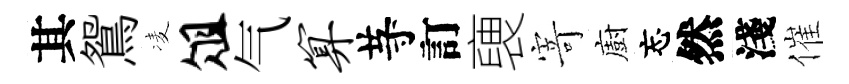
其鴛凌俎气算䒭訂褏𭔃廚忘然淺催